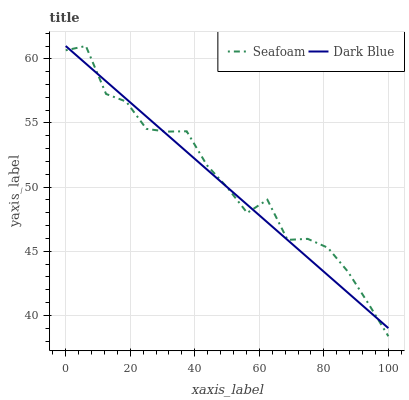
| xaxis_label | Seafoam | Dark Blue |
 | --- | --- | --- |
 | 0 | 60.7 | 61 |
 | 6.25 | 61 | 59.6 |
 | 12.5 | 57.3 | 58.3 |
 | 18.8 | 56.7 | 56.9 |
 | 25 | 54.5 | 55.5 |
 | 31.2 | 54.3 | 54.1 |
 | 37.5 | 54.4 | 52.8 |
 | 43.8 | 51.7 | 51.4 |
 | 50 | 50 | 50 |
 | 56.2 | 48 | 48.6 |
 | 62.5 | 49 | 47.3 |
 | 68.8 | 45.9 | 45.9 |
 | 75 | 46 | 44.5 |
 | 81.2 | 45.3 | 43.1 |
 | 87.5 | 43.4 | 41.8 |
 | 93.8 | 40.9 | 40.4 |
 | 100 | 38.4 | 39 |